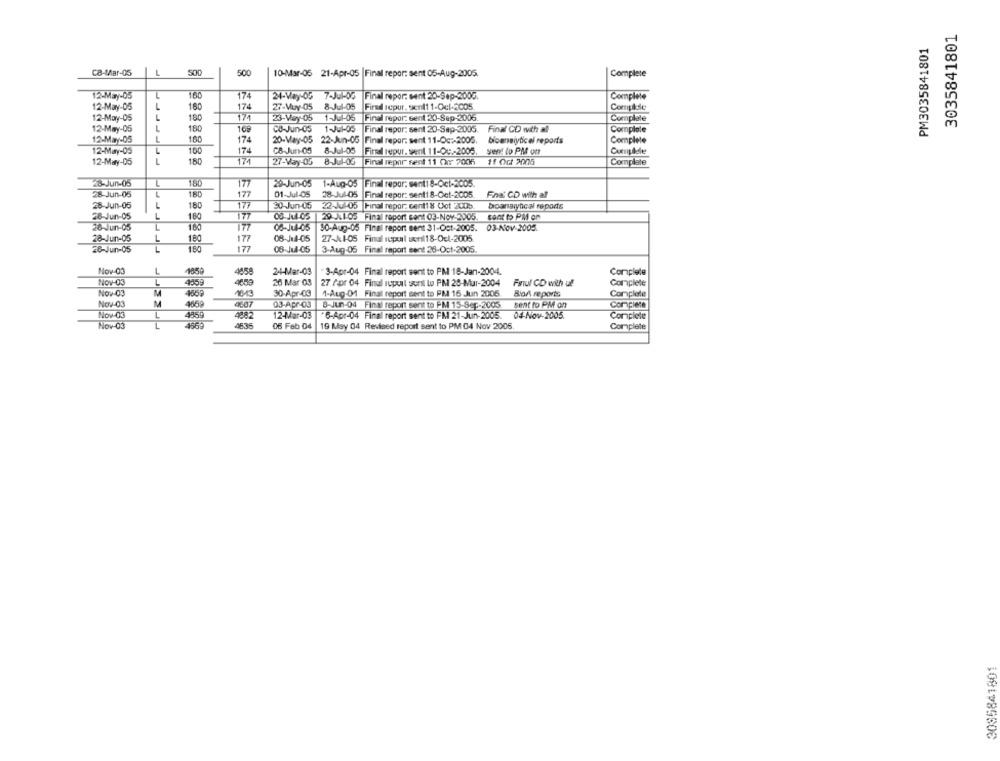
3035841801
PM3035841801
CB-Mar-05
L
SOD
500
10-Mar-05 21-Apr-05 | Final repor: sent 05-Aug-2005.
Complete
12-May-05
L
174
24-May-05 7-Jul-05
Final repor: sent 20-Sep-200G.
Complete
12-May-05
L
174
27-Muy-05
8-Jul-05
Firmal repur. senl11-Ocl-2005
Compkde
180
12-May-05
L
180
174
23-Way-05
1-Jul-05
Final repor: sent 20-Sep-2006
Complate
12-May-05
1
180
165
Co-Jun-05
1-Jul-05 Final repor: sent 20-Sep-2005. Final CD with all
Complete
L
100
12-May-05
174
20-May-05 22-Jun-05
Final repor: sent 11-Oc :- 2005.
bioensiytical reports
Complete
12-May-05
L
100
174
CB-Jun-05
8-Jul-05
Firmel repur. sent 11-Ou .- 2005.
Sent lo PM om
Cumuldle
12-May-05
1
180
174
27-Vay-05
8-Jul-0G
Final repor sent 11 00x 7006
11 Oct 2005
Complete
28-Jun-05
L
180
177
20-Jun-05 1-Aug-05 |Final repor: senti 8-Oct-2005
28-Jun-05
L
177
01-Jul-05
28-Jul-05
Final repor: sent1 8-Oct-2005
Fina CD with all
28-Jun-05
1
180
177
30-Jun-05 22-Jul-05 |Final repor: cent1 8 Oct 2005
boanalytical reports
180
28-Jun-05
L
177
08-04-05 |29 X1-05 Final report cent 03-Nov-2005.
26-Jun-05
L
177
08-Ju4-05
30-Aug-05 Final report sent 31-Oct-2005. 03-Nov-2005.
180
08-114-05
28-Jun-05
L
177
27-11-05 Finul supuil senl18-Oct-2005
28-Jun-05
180
177
06-Jul-05
3-Aug-05 Final report sent 28-Oct-2005.
Nov-03
L
4058
24-Mar-03
3-Apr-04 Final report sent to PM 18-Jan-2004.
Complete
Nov-03
L
4159
4659
26 Mar GS
27 Por 04 Final rupoil sonil lo PM 20-Mur-2004
Faul CD with u!
Complete
Nov-03
M
465₽
10-13
30-Apr-03
1-Aug-01 Final report sent to PM 16 Jun 2005.
Blo& reports
Complete
Nov-03
M
4669
0607
03-Apr-03
8-Jun-04 Final report sent to PM 15-Sep-2005
sent to PM on
Copiede
4859
Nov-03
4882
12-Mar-03
"6-Apr-04 Final report sent to FI 21-Jun-2005.
04-Nov-2005.
Complete
Nov-03
06 Feb 04
19 May 04 Revised report sent to PM 04 Nov 2005.
Complete